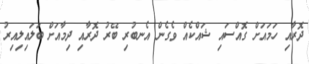
ދޮރާއި ހަމައަށް ގޮއްސައި ޝައްކެއް ވެގެން އެނބުރި ބޭރު ދޮރާއި ދިމާއަށް ބަލައިލިއިރު